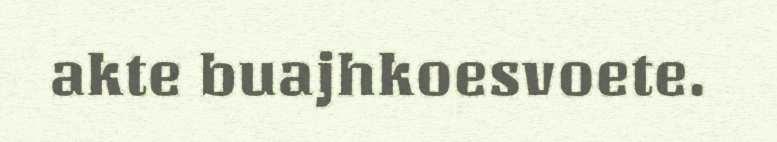
akte buajhkoesvoete.